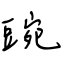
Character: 豌